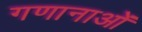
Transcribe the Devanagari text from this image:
गणानाओं